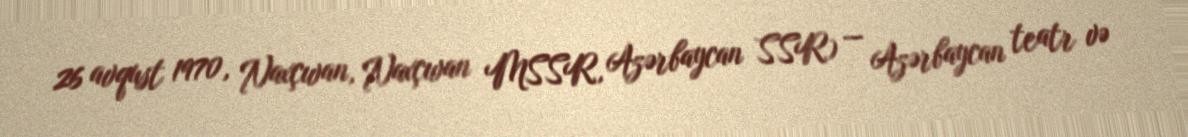
26 avqust 1970, Naxçıvan, Naxçıvan MSSR, Azərbaycan SSR) — Azərbaycan teatr və